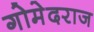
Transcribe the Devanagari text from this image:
गोमेदराज